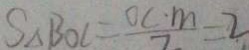
S _ { \Delta } B O C = \frac { O C \cdot m } { 7 } = 2